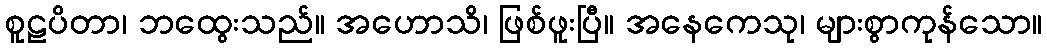
စူဠပိတာ၊ ဘထွေးသည်။ အဟောသိ၊ ဖြစ်ဖူးပြီ။ အနေကေသု၊ များစွာကုန်သော။